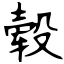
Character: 毂